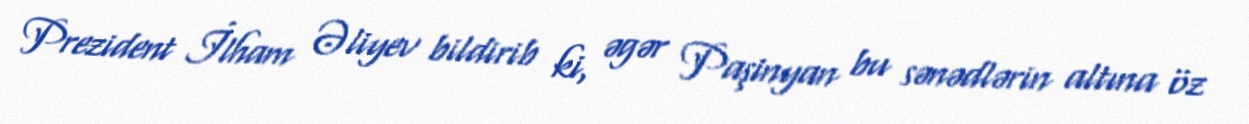
Prezident İlham Əliyev bildirib ki, əgər Paşinyan bu sənədlərin altına öz